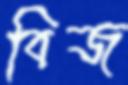
বিজ